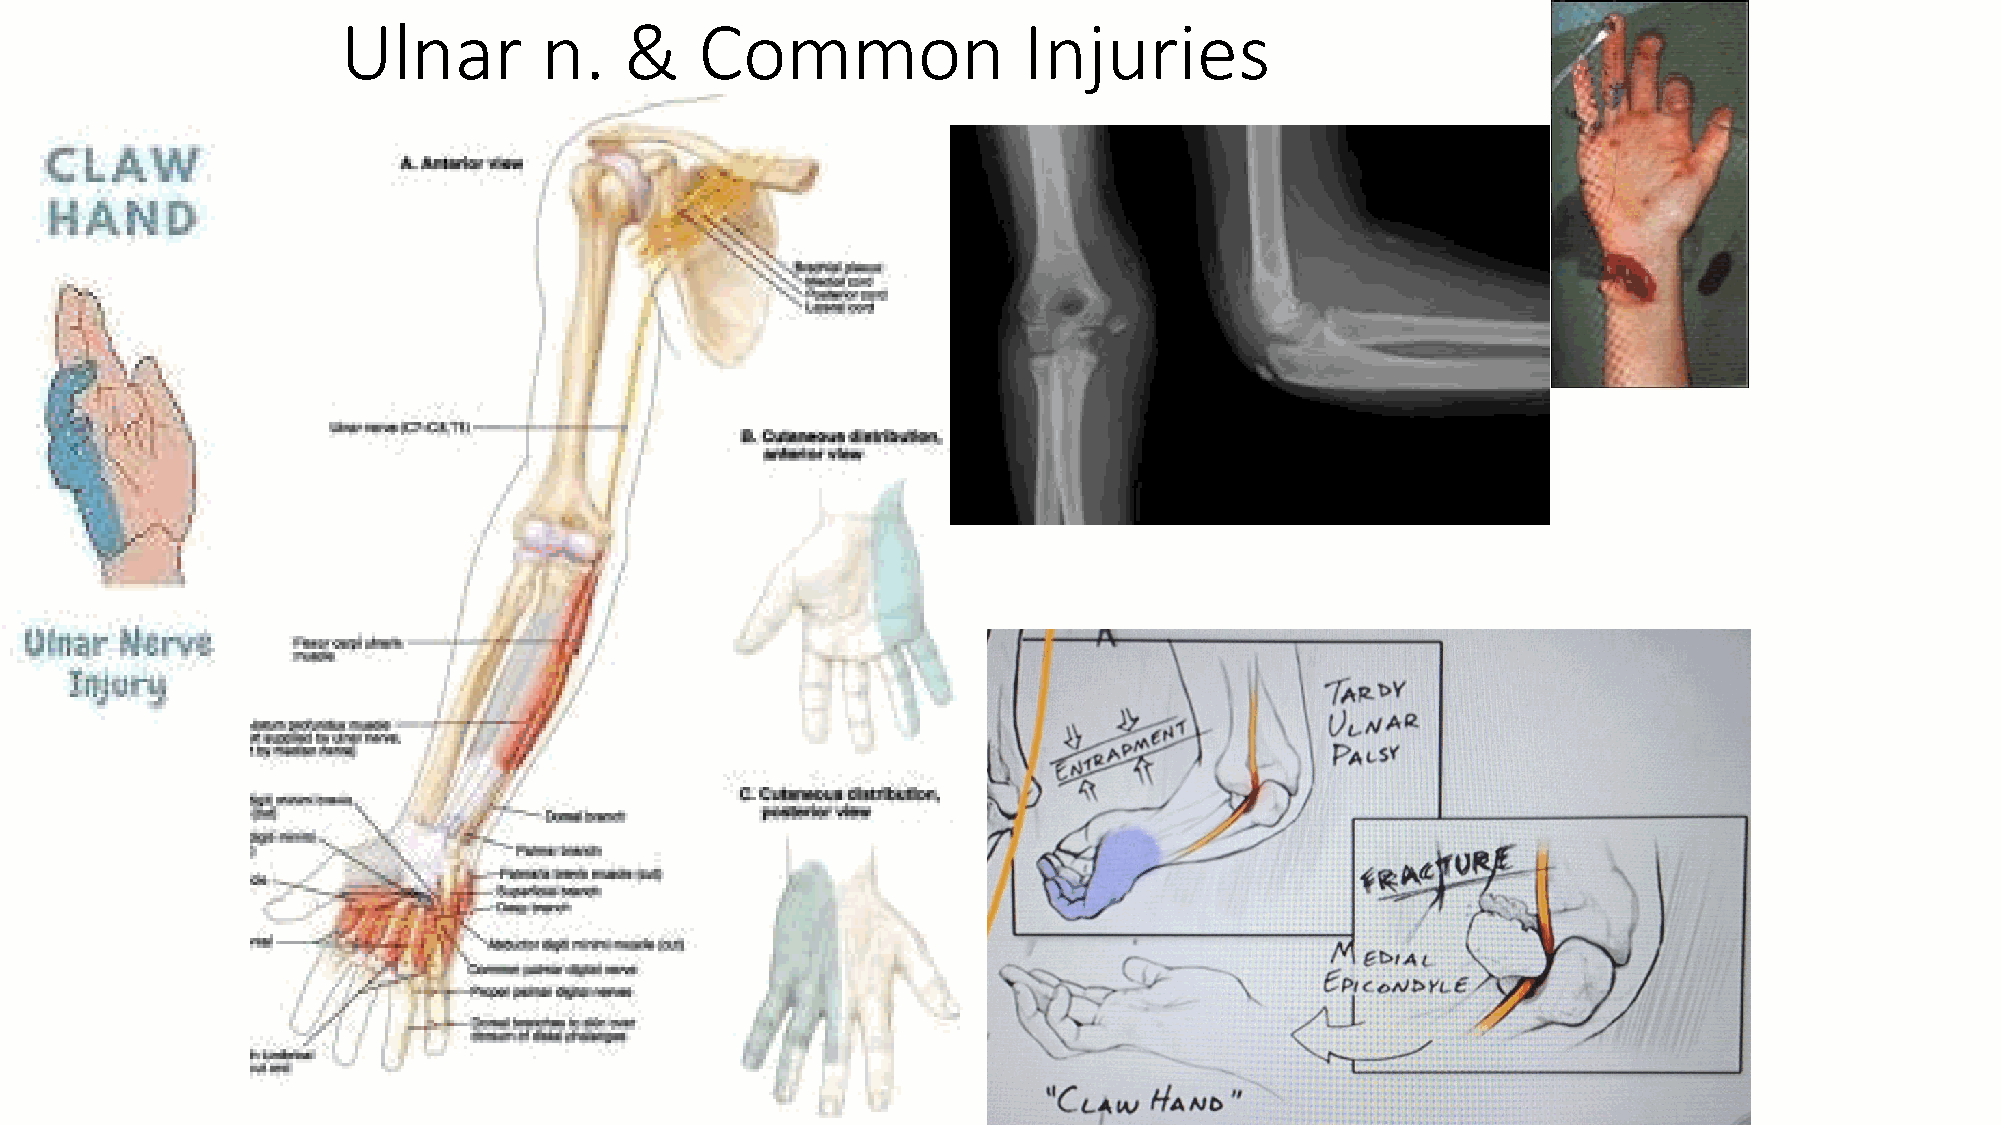
Ulnar        n.   &    Common                Injuries